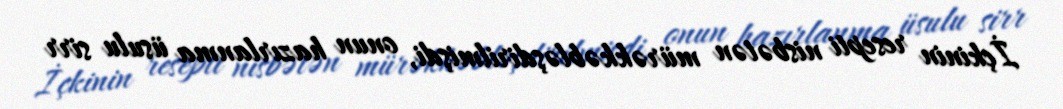
İçkinin resepti nisbətən mürəkkəbləşdirilmişdi, onun hazırlanma üsulu sirr